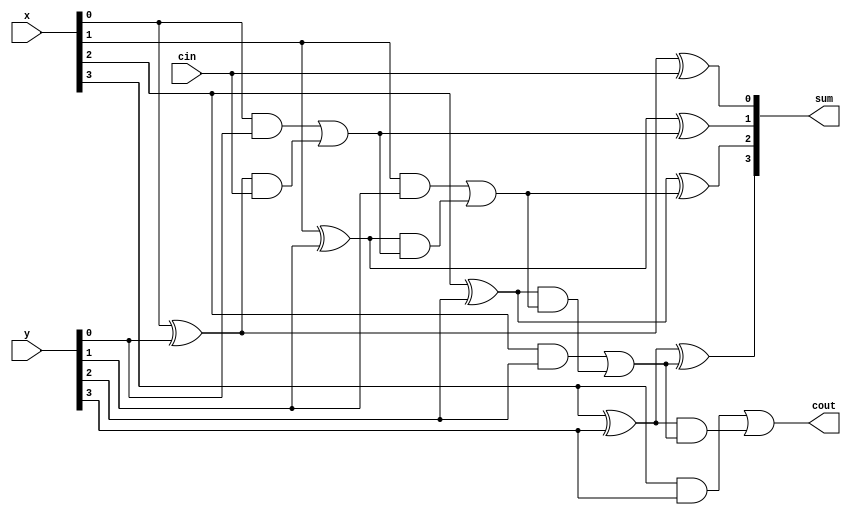
`timescale 1ns / 1ps
//////////////////////////////////////////////////////////////////////////////////
// Company: 
// Engineer: 
// 
// Design Name: 
// Module Name: cla_adder
// Project Name: 
// Target Devices: 
// Tool Versions: 
// Description: 
// 
// Dependencies: 
// 
// Revision:
// Revision 0.01 - File Created
// Additional Comments:
// 
//////////////////////////////////////////////////////////////////////////////////


module cla_adder
    #(
        parameter N = 4
    )
    (
        input [N - 1: 0] x,
        input [N - 1: 0] y,
        input cin,
        output [N - 1: 0] sum,
        output cout  
    );
    
    wire [N - 1: 0] p, g;
    wire [N: 0] c;
    
    assign c[0] = cin;
    
    genvar i;
    generate for (i = 0; i < N; i = i + 1) begin: pq_cla
        assign p[i] = x[i] ^ y[i];
        assign g[i] = x[i] & y[i];
    end
    endgenerate
    
    generate for (i = 1; i < N + 1; i = i + 1) begin: carry_cla
        assign c[i] = g[i - 1] | (p[i - 1] & c[i - 1]);
    end
    endgenerate
    
    generate for (i = 0; i < N; i = i + 1) begin: sum_cla
        assign sum[i] = p[i] ^ c[i];
    end
    endgenerate
    
    assign cout = c[N];
endmodule